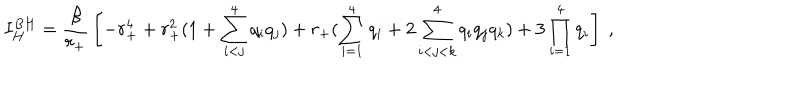
LaTeX: I _ { H } ^ { B H } = { \frac { \beta } { r _ { + } } } \left[ - r _ { + } ^ { 4 } + r _ { + } ^ { 2 } ( 1 + \sum _ { i < j } ^ { 4 } q _ { i } q _ { j } ) + r _ { + } ( \sum _ { i = 1 } ^ { 4 } q _ { i } + 2 \sum _ { i < j < k } ^ { 4 } q _ { i } q _ { j } q _ { k } ) + 3 \prod _ { i = 1 } ^ { 4 } q _ { i } \right] \ ,